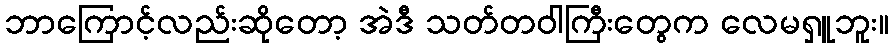
ဘာကြောင့်လည်းဆိုတော့ အဲဒီ သတ်တဝါကြီးတွေက လေမရှူဘူး။